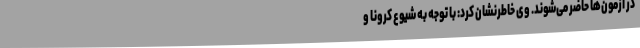
در آزمون‌ها حاضر می‌شوند. وی خاطرنشان کرد: با توجه به شیوع کرونا و